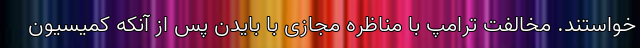
خواستند. مخالفت ترامپ با مناظره مجازی با بایدن پس از آنکه کمیسیون